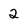
Character: 2